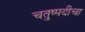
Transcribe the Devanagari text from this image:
चतुष्पदीचा